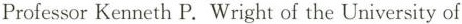
Professor Kenneth P.Wright of the University of